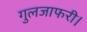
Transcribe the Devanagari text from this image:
गुलजाफरी।